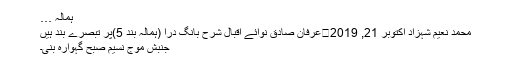
ہمالہ …
محمد نعیم شہزاد اکتوبر 21, 2019	عرفان صادق نوائے اقبال شرح بانگِ درا (ہمالہ بند 5)پر تبصرے بند ہیں
جنبشِ موجِ نسیم صبح گہوارہ بنی۔